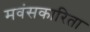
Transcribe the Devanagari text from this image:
मवंसकारिता